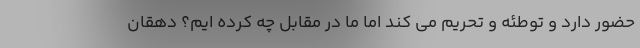
حضور دارد و توطئه و تحریم می کند اما ما در مقابل چه کرده ایم؟ دهقان